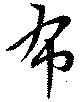
布